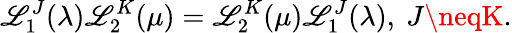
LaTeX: \mathscr{L}_{1}^{J}(\lambda)\mathscr{L}_{2}^{K}(\mu)=\mathscr{L}_{2}^{K}(\mu)\mathscr{L}_{1}^{J}(\lambda),\ J\neqK.